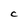
Character: C